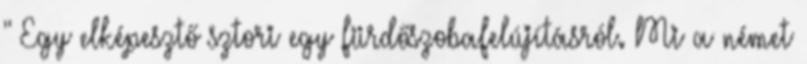
" Egy elképesztő sztori egy fürdőszobafelújításról. Mi a német